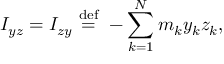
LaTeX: I _ { y z } = I _ { z y } \ { \stackrel { \mathrm { d e f } } { = } } \ - \sum _ { k = 1 } ^ { N } m _ { k } y _ { k } z _ { k } , \,